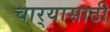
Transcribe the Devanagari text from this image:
चार्‍यासाठी